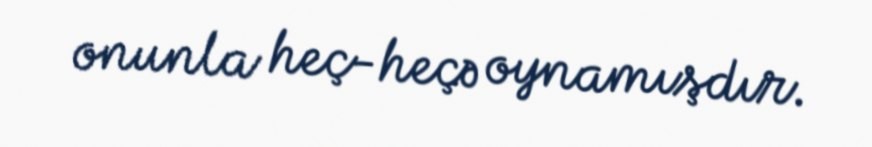
onunla heç-heçə oynamışdır.